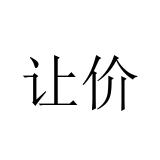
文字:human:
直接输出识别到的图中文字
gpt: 让价